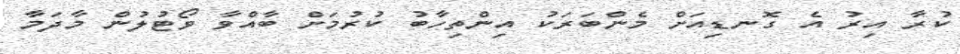
ކުރާ އިރު އެ ގޮނޑިއަށް މެންބަރަކު އިންތިހާބު ކުރުމަށް ބާއްވާ ވޯޓުލުން މާދަމާ